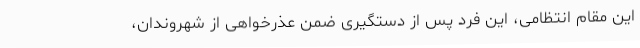
این مقام انتظامی، این فرد پس از دستگیری ضمن عذرخواهی از شهروندان،